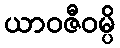
ယာဝဇီဝမ္ပိ